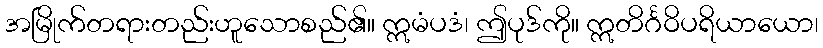
အမြိုက်တရားတည်းဟူသောစည်၏။ ဣမံပဒံ၊ ဤပုဒ်ကို။ ဣတိင်္ဂဝိပရိယာယော၊